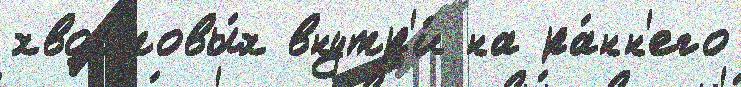
хвостовы́х внутр'и́ на ра́нн'его